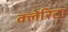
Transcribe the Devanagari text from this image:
क्लेरिटा